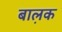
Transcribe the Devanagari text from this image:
बाल़क